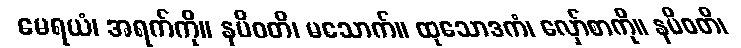
မေရယံ၊ အရက်ကို။ နပိဝတိ၊ မသောက်။ ထုသောဒကံ၊ လှော်စာကို။ နပိဝတိ၊